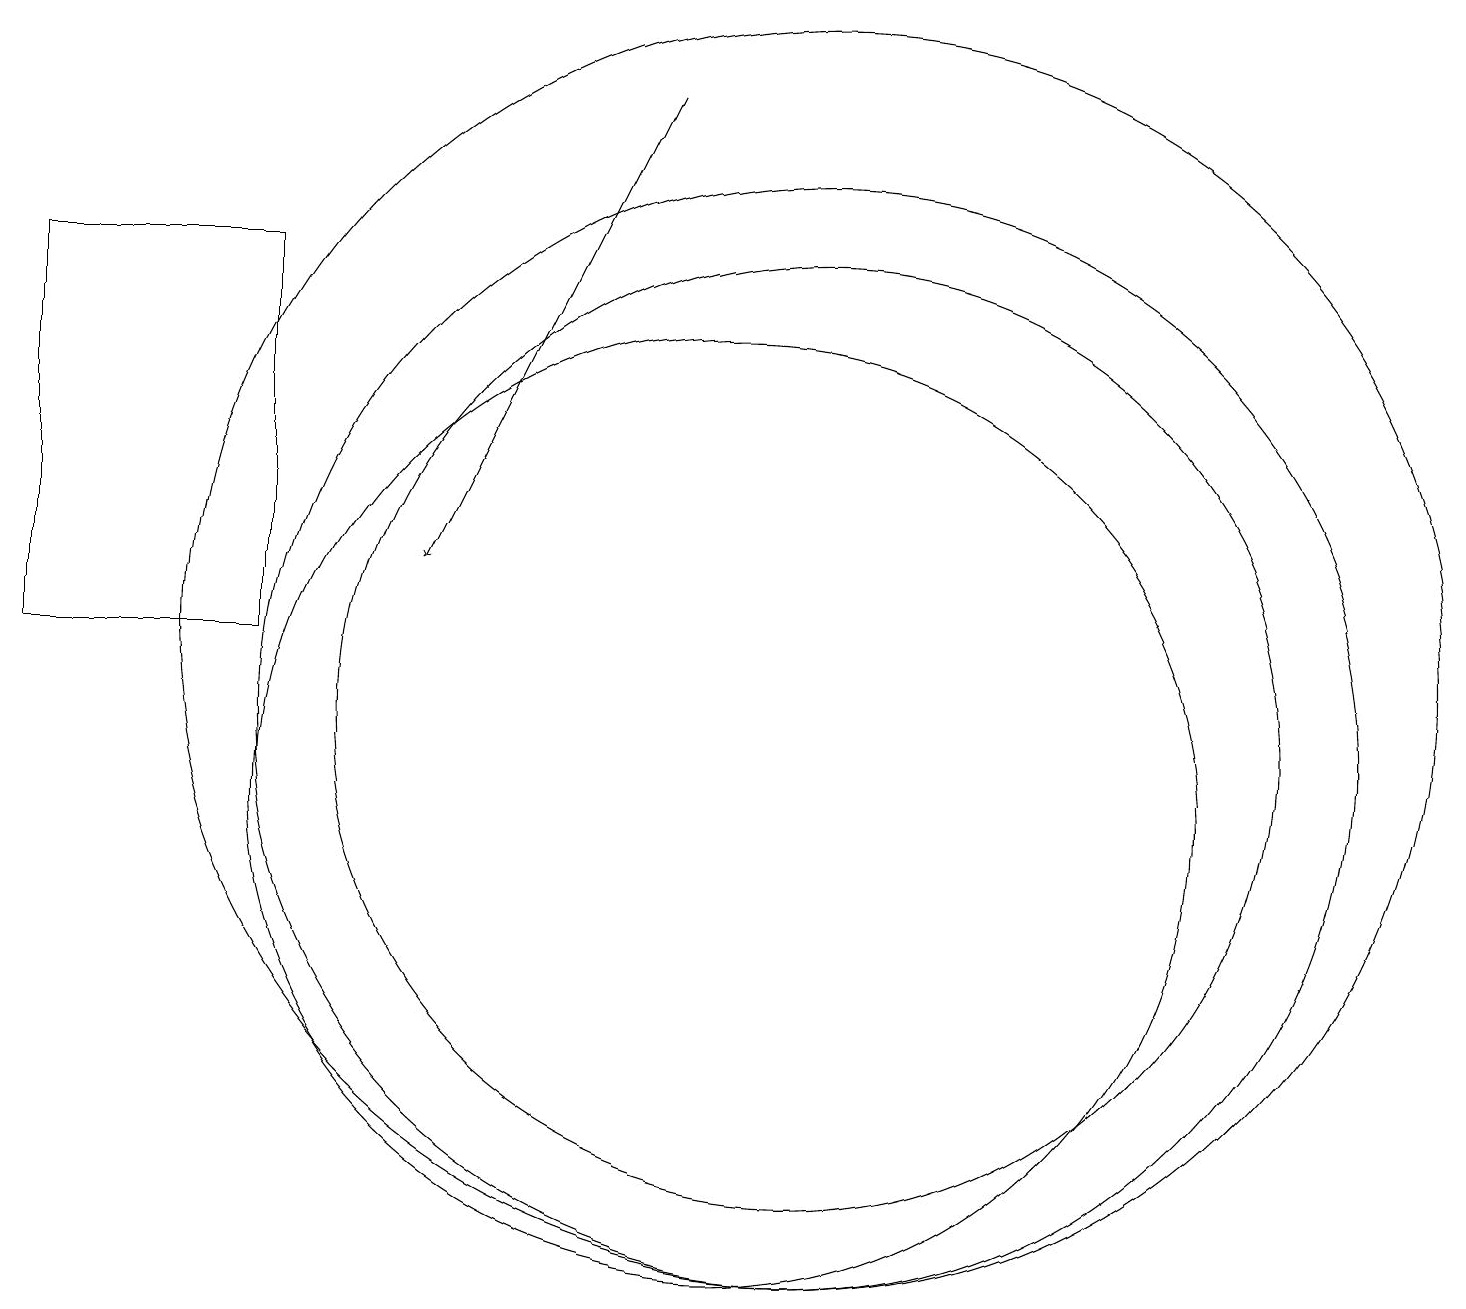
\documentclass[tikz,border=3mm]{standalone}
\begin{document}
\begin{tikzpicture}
\draw (11,11) circle (6);
\draw[->] (9,19) -- (6,13);
\draw (10,10) circle (6);
\draw (11,12) circle (8);
\draw (11,11) circle (7);
\draw (4,17) rectangle (1,12);
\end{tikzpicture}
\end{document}